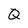
Character: Q